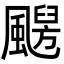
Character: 𩘦